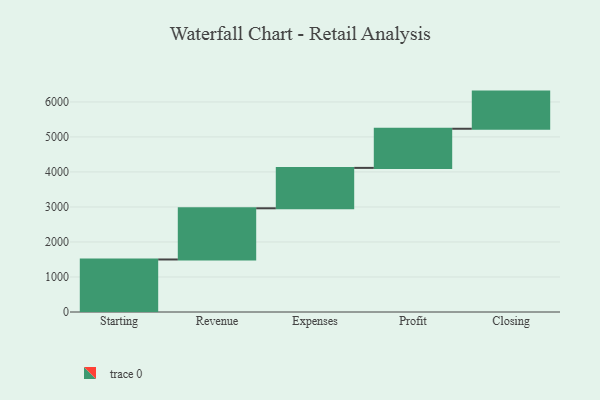
{"axis": {"x": "Step", "y": "Value"}, "legend": [""], "data": [{"x": "Starting", "y": 1500.0, "type": ""}, {"x": "Revenue", "y": 1462.0, "type": ""}, {"x": "Expenses", "y": 1154.0, "type": ""}, {"x": "Profit", "y": 1118.0, "type": ""}, {"x": "Closing", "y": 1061.0, "type": ""}]}